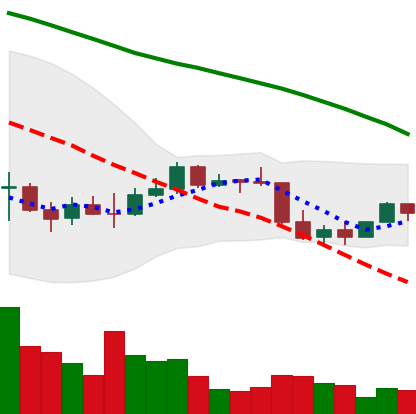
Ticker: EOS-USD
Chart end date: 2022-01-03
Forward return: -13.571%
Label: down_7plus